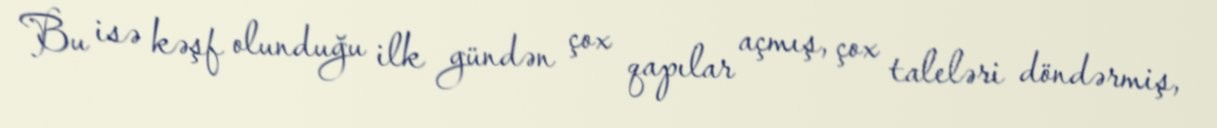
Bu isə kəşf olunduğu ilk gündən çox qapılar açmış, çox taleləri döndərmiş,